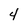
Character: 4